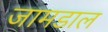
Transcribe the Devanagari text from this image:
जामडाल